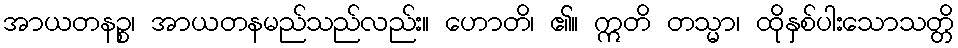
အာယတနဉ္စ၊ အာယတနမည်သည်လည်း။ ဟောတိ၊ ၏။ ဣတိ တသ္မာ၊ ထိုနှစ်ပါးသောသတ္တိ